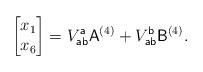
LaTeX: \begin{align*}\begin{bmatrix}x_1\\ x_6\end{bmatrix}&=V_{\sf ab}^{\sf a}{\sf A}^{(4)}+V_{\sf ab}^{\sf b}{\sf B}^{(4)}.\end{align*}